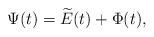
LaTeX: \begin{align*}\Psi(t)= \widetilde{E}(t)+\Phi(t),\end{align*}